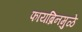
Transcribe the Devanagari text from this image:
फायब्रिनमुळे